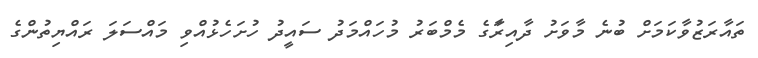
ތައާރަޒުވާކަމަށް ބުނެ މާވަށު ދާއިރާަގެ މެމްބަރު މުހައްމަދު ސައީދު ހުށަހެޅުއްވި މައްސަލަ ރައްޔިތުންގެ